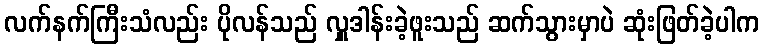
လက်နက်ကြီးသံလည်း ပိုလန်သည် လှူဒါန်းခဲ့ဖူးသည် ဆက်သွားမှာပဲ ဆုံးဖြတ်ခဲ့ပါက